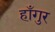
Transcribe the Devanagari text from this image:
हाँगुर